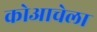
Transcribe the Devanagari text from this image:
कोआचेला